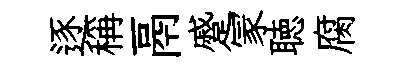
逐稱鬲蹙冡聴腐